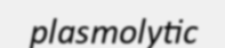
plasmolytic